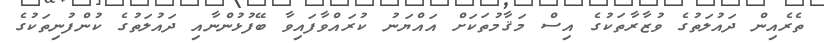
ތެރެއިން ދައުލަތުގެ ވުޒާރާތަކުގެ އިސް މަޤާމުތަކަށް އައްޔަނު ކުރައްވާފައިވާ ބޭފުޅުންނާއި ދައުލަތުގެ ކުންފުނިތަކުގެ